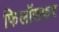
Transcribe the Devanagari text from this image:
फिलॉसफर